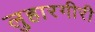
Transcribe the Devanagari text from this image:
लुहारगीरी